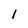
Character: 1